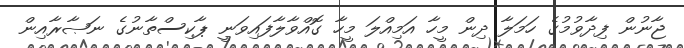
ޖާނުން ފިދާވުމުގެ ހަމަލާ ދިން މީހާ އަމިއްލަ މީހާ ގޮއްވާލާފައިވަނީ ޕާކިސްތާނުގެ ނަޞާރާއިން